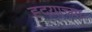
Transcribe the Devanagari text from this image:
ह्दयाच्या